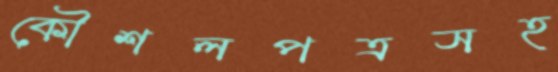
কৌশলপত্রসহ